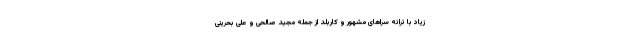
زیاد با ترانه سراهای مشهور و کاربلد از جمله مجید صالحی و علی بحرینی